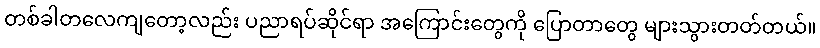
တစ်ခါတလေကျတော့လည်း ပညာရပ်ဆိုင်ရာ အကြောင်းတွေကို ပြောတာတွေ များသွားတတ်တယ်။